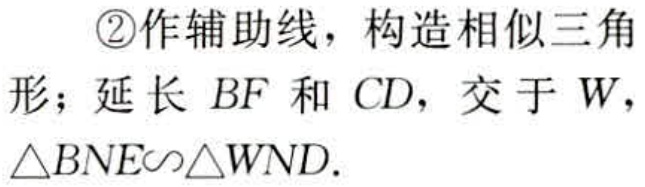
\textcircled{2}作辅助线，构造相似三角

形；延长 \(BF\) 和 \(CD\)，交于 \(W\)，

\(\triangle BNE\sim\triangle WND\).